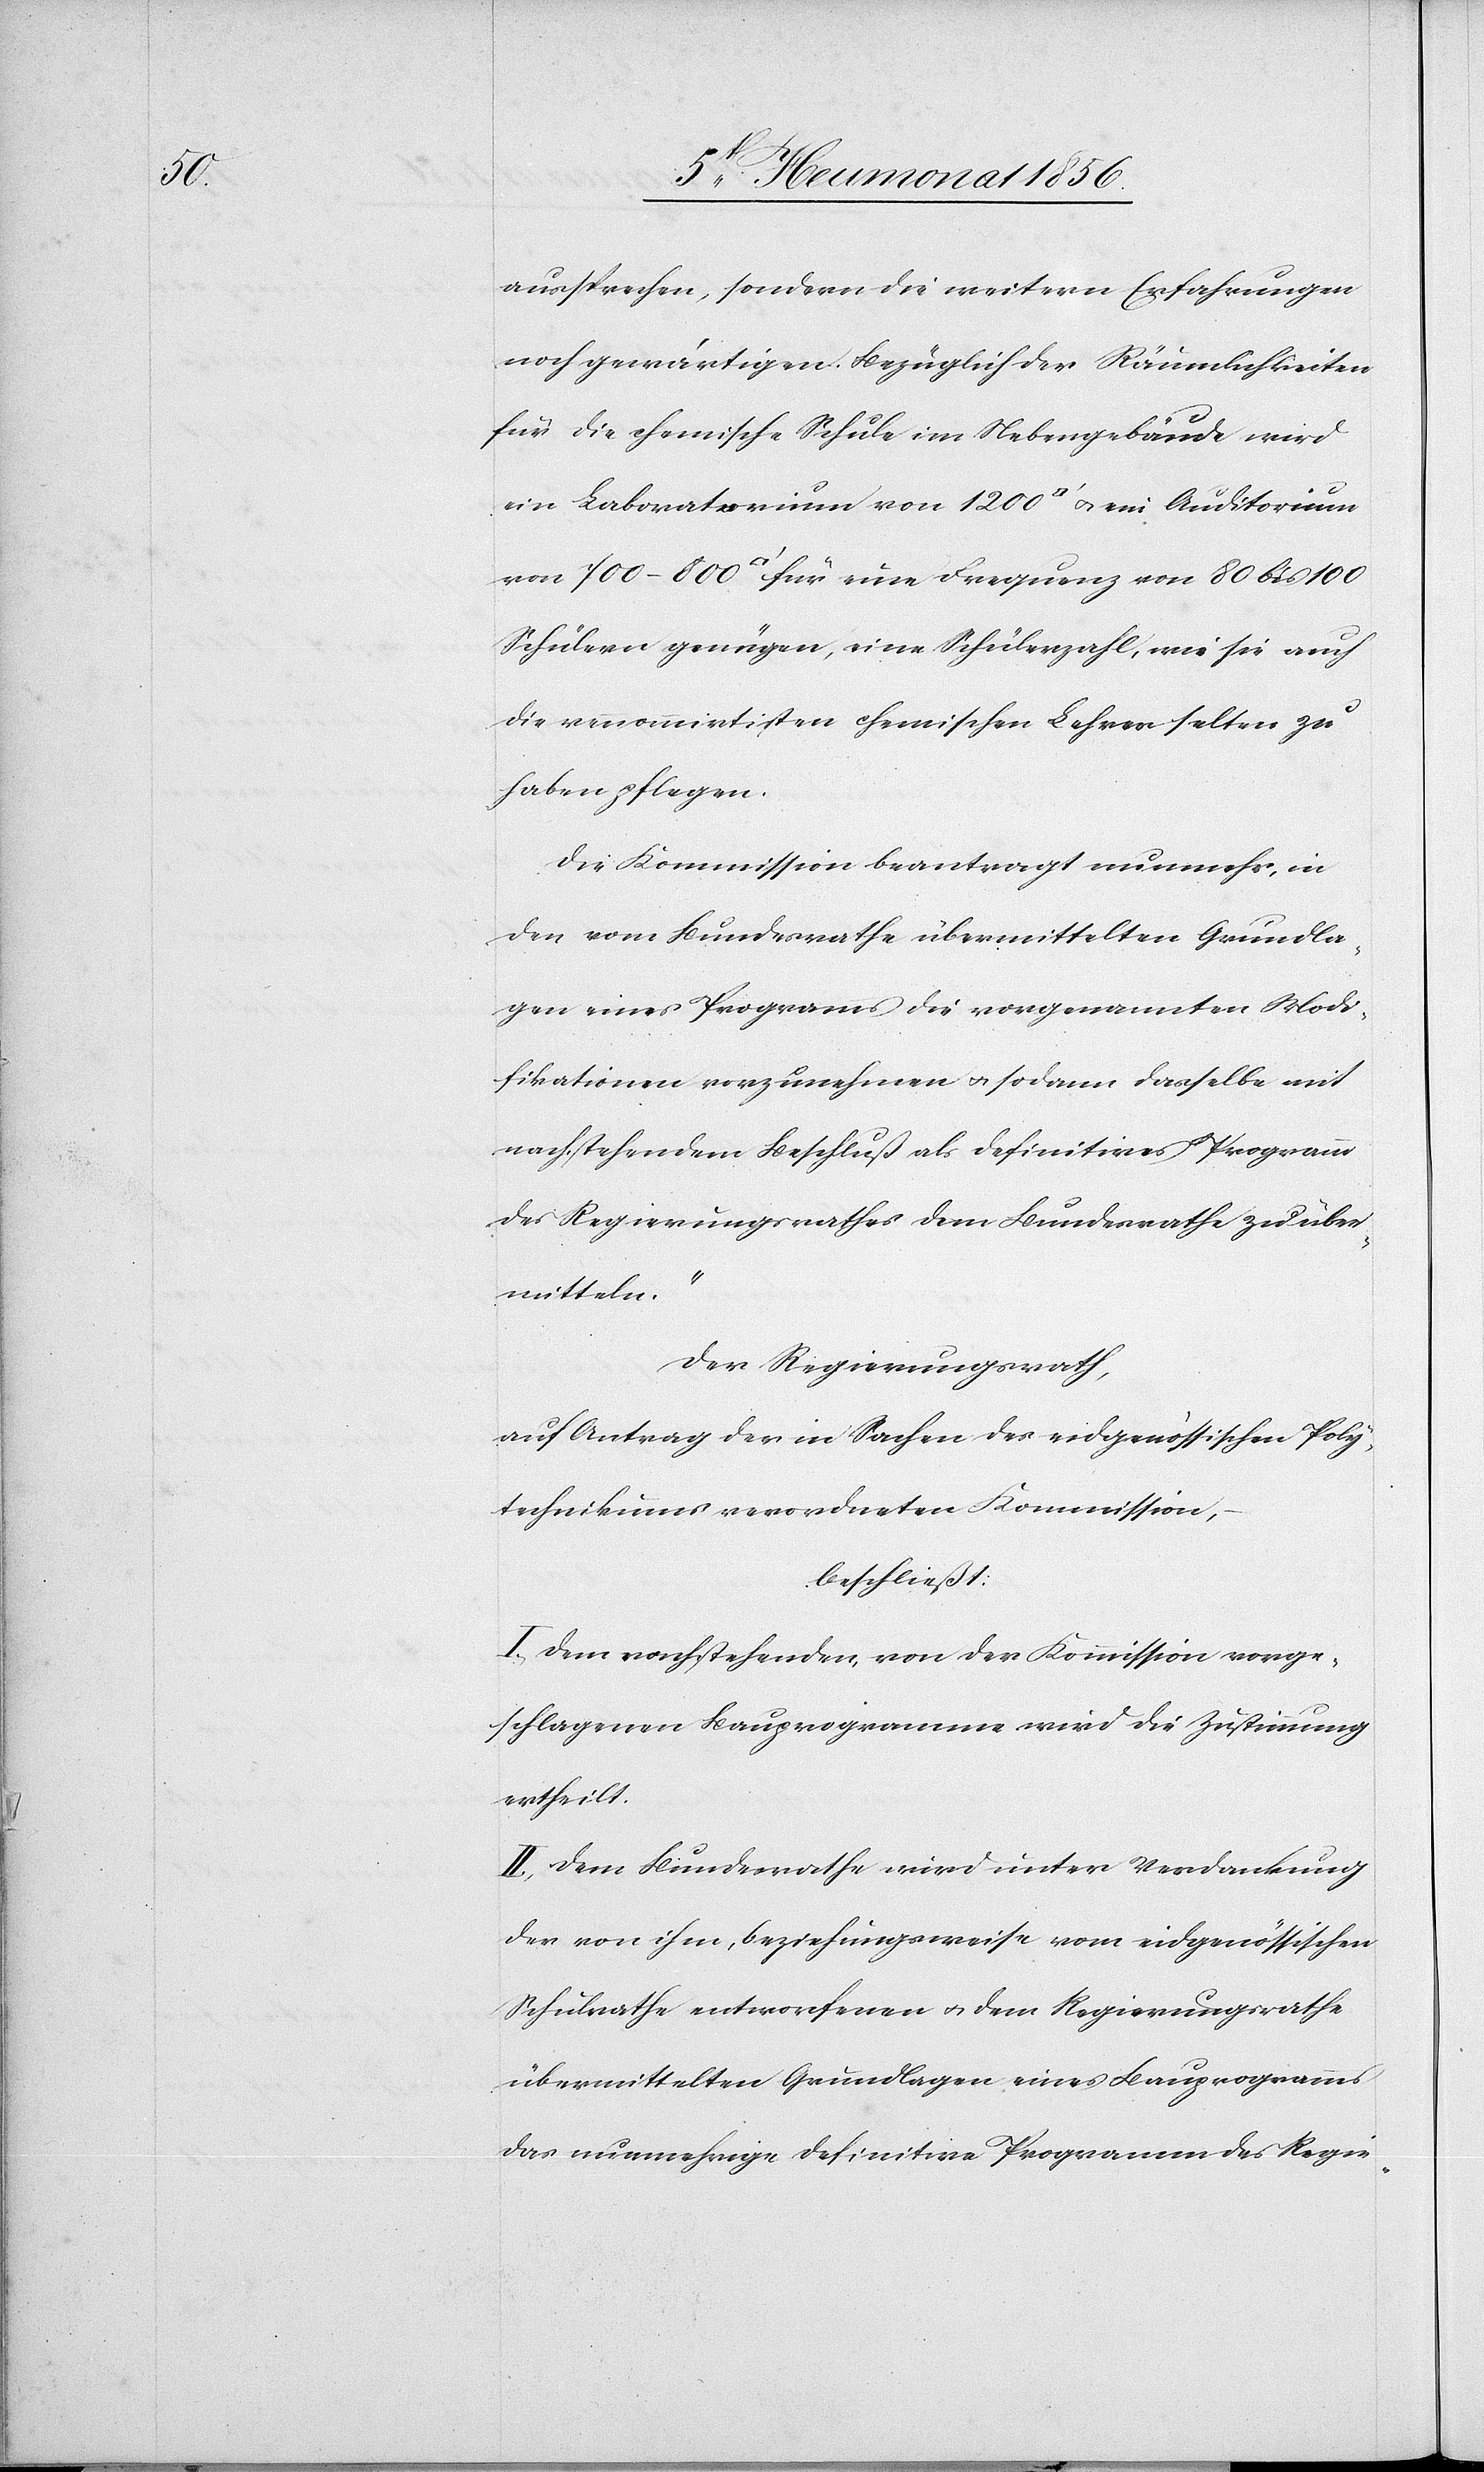
aussprechen, sondern die weitern Erfahrungen
noch gewärtigen. Bezüglich der Räumlichkeiten
für die chemische Schule im Nebengebäude wird
ein Laboratorium von 1200 [Quadratfuss] u. ein Auditorium
Schülern genügen, eine Schülerzahl, wie sie auch
die rennommirtisten chemischen Lehrer selten zu
haben pflegen.
Die Kommission beantragt nunmehr, in
den vom Bundesrathe übermittelten Grundla¬
gen eines Programms die vorgenannten Modi¬
fikationen vorzunehmen u. sodann dasselbe mit
nachstehendem Beschluß als definitives Programm
des Regierungsrathes dem Bundesrathe zu über¬
mitteln."
Der Regierungsrath,
auf Antrag der in Sachen des eidgenössischen Poly¬
technikums verordneten Kommission,
beschließt:
I.) Dem nachstehenden, von der Kommission vorge¬
schlagenen Bauprogramme wird die Zustimmung
ertheilt.
II.) Dem Bundesrathe wird unter Verdankung
der von ihm, beziehungsweise vom eidgenössischen
Schulrathe entworfenen u. dem Regierungsrathe
übermittelten Grundlagen eines Bauprogramms
das nunmehrige definitive Programm des Regie-